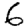
Digit: 6